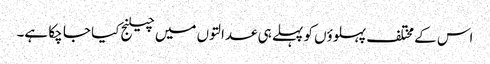
اس کے مختلف پہلوؤں کو پہلے ہی عدالتوں میں چیلنج کیا جا چکا ہے۔